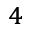
^ 4